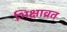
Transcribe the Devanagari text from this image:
भिक्षाव्रत